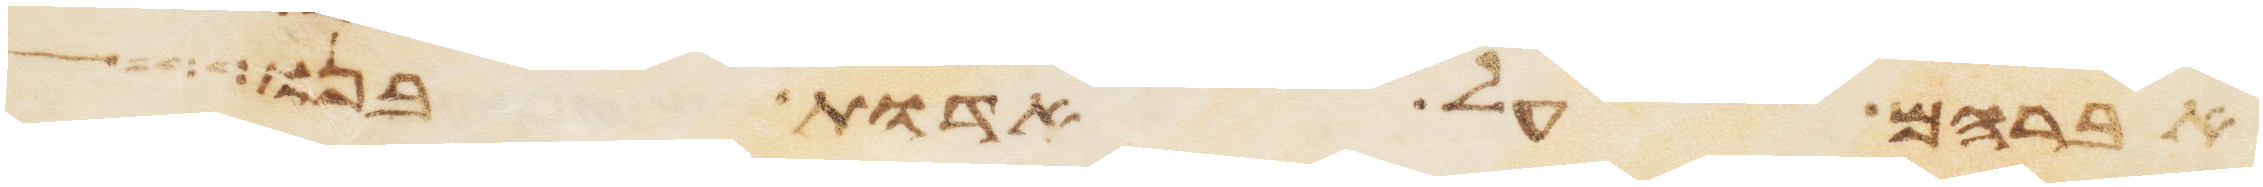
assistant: אברהם על אדות בנו